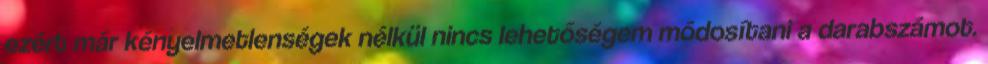
ezért már kényelmetlenségek nélkül nincs lehetőségem módosítani a darabszámot.